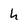
Character: h